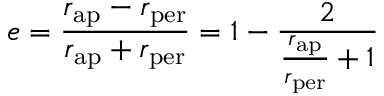
e = { \frac { r _ { \mathrm { a p } } - r _ { \mathrm { p e r } } } { r _ { \mathrm { a p } } + r _ { \mathrm { p e r } } } } = 1 - { \frac { 2 } { { \frac { r _ { \mathrm { a p } } } { r _ { \mathrm { p e r } } } } + 1 } }